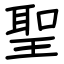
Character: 聖